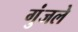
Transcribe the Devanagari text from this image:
गुंजले